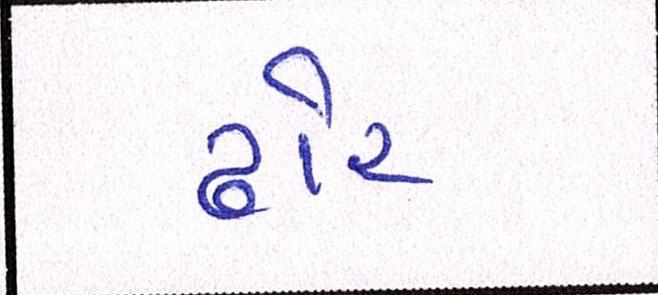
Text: ઢોર